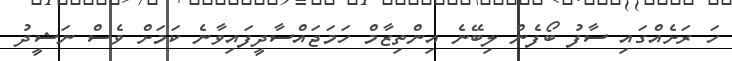
ހަ ރަށެއްގައި ސާފު ބޯފެން ލިބޭނެ އިންތިޒާމް ހަމަޖައްސާދީފައިވާނެ ކަމަށް ވެސް ނަޝީދު